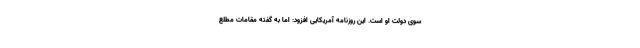
سوی دولت او است. این روزنامه آمریکایی افزود: اما به گفته مقامات مطلع